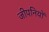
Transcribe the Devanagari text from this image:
जीपनियों